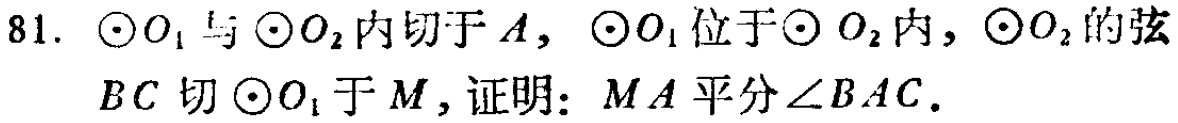
81. $\odot O_{1}$与$\odot O_{2}$内切于$A$，$\odot O_{1}$位于$\odot O_{2}$内，$\odot O_{2}$的弦$BC$切$\odot O_{1}$于$M$，证明：$MA$平分$\angle BAC$.